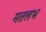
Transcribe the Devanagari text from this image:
मतलभ